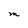
Character: M